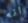
انه